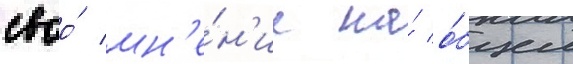
своо́ мн'е́н'ие на́ о́бщем